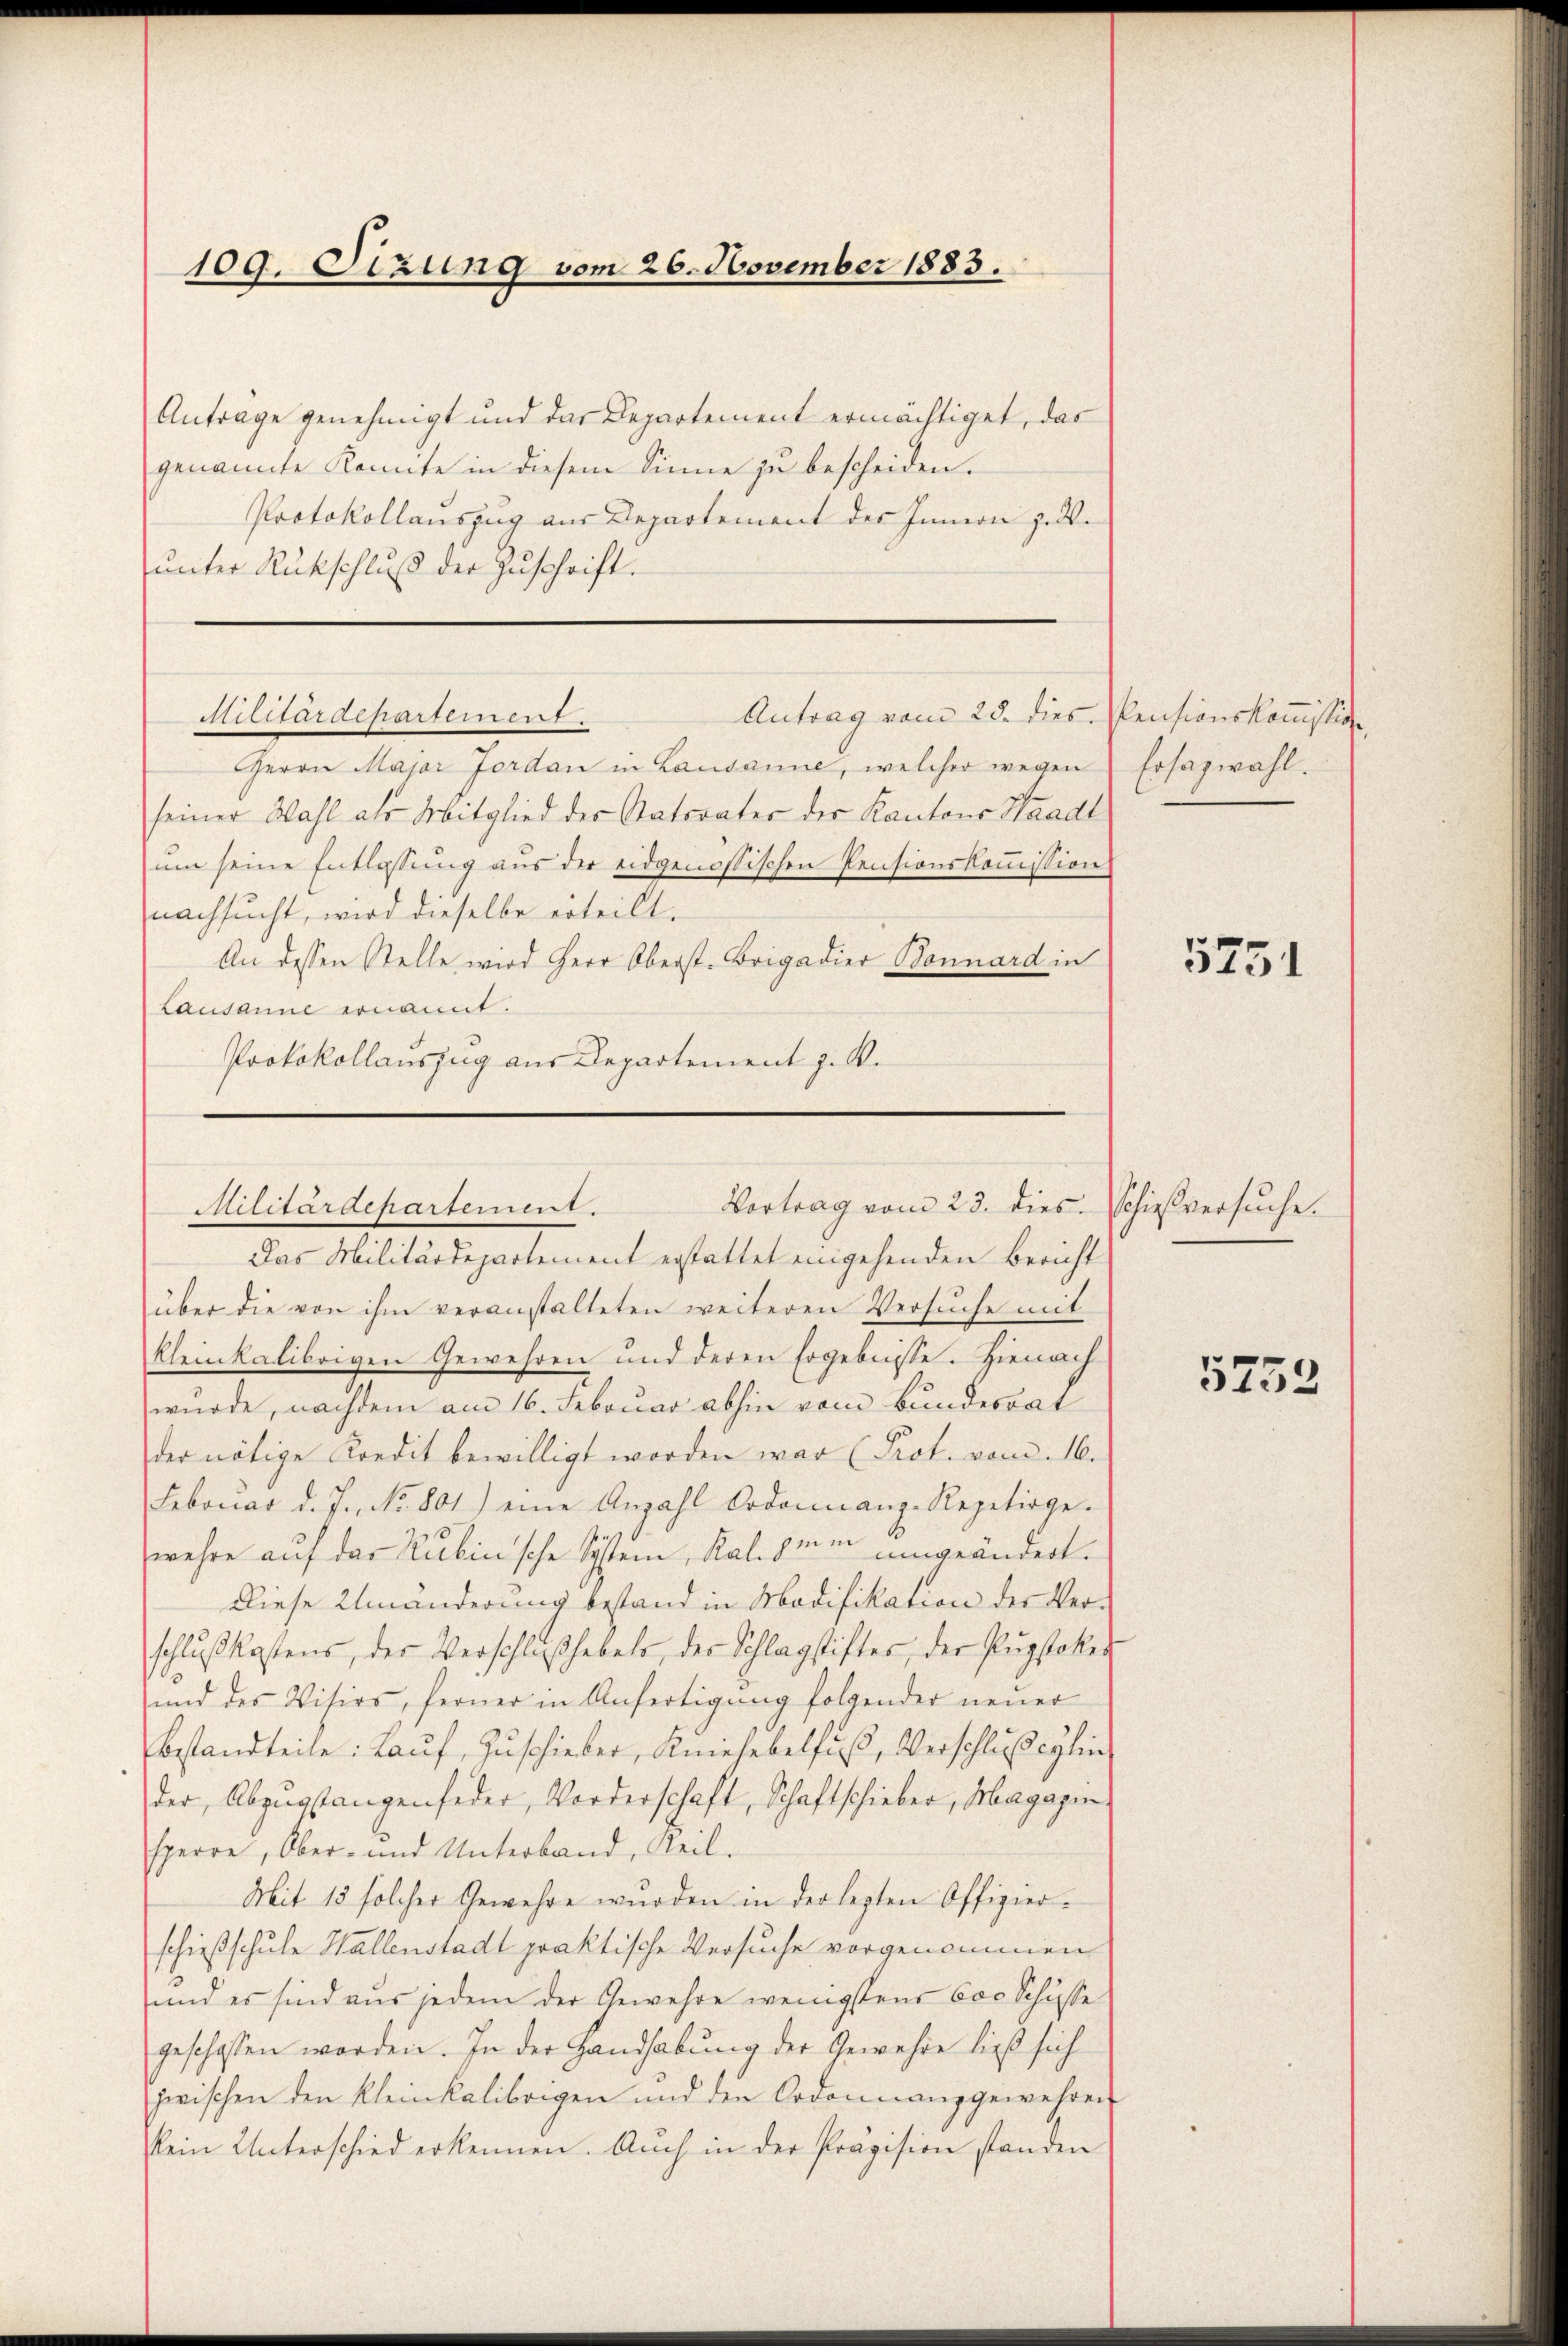
109. Sizung vom 26. November 1883.

Anträge genehmigt und das Departement ermächtiget, das
genannte Komite in diesem Sinne zu bescheiden.
Protokollauszug aus Departement des Innern z. B.
unter Rückschluß der Zuschrift.

Militärdepartement.
Antrag vom 25. dies. Pensionskommission

Herrn Major Jordan in Lausanne, welcher wegen
seiner Wahl als Mitglied der Natorater der Kantons Waadt
um seine Entlassŭng aŭs der eidgenössischen Pensionskoṁission
nachsucht, wird dieselbe erteilt.
An dessen Stelle wird Herr Oberst-Brigadier Bonnárd in
Lausanne ernannt.
Protokollauszug aus Departement z. B.

Vortrag vom 23. dies. Schießversuche.
Militärdepartement.
Das Militärdepartement erstattet eingehenden Bericht

über die von ihm veranstalteten weiteren Versuche mit
kleinkalibrigen Gewehren und deren Ergebnisse. Hienach
wurde, nachdem am 16. Februar abhin vom Bundesrat
der nötige Kredit bewilligt worden war (Prot. vom 16.
Februar d. J. No. 801) eine Anzahl Ordonnanz-Repetirge-
wehre auf das Rubin’sche System, Ral. zum umgeändert.
Diese Umänderung bestand in Modifikation der Verschlŭβ kostens, der Verschlŭβhebels, der Schlagstiftes, der Pŭgstoker
und des Visirs, ferner in Anfertigung folgender neuer
bestandteile: Laŭf Zŭschieber, Kniesebelfŭβ, Verschlußeglin
der Abzugstangenseder, Vorderschaft, Schaftschieber, Magazin,
HHerrn, Ober- und Unterband, Teil-
Mit 15 solcher Gewehre wurden in der lezten Offizier-
schießschule Hallenstadt praktische Versuche vorgenommen
und es sind aus jedem der Gewehre wenigstens vor Schusse
geschossen worden. In der Handhabung der Gewehre ließ sich
zwischen den kleinkalibrigen und den Ordonnanzgewehren
klein Unterschied erkennen. Auch in der Präzision standen

Ersazwahl.

5751

5752